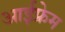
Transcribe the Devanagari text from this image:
आईफ्रेम